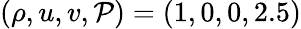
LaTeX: (\rho,u,v,\mathcal{P})=(1,0,0,2.5)